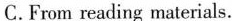
C.From reading materials.